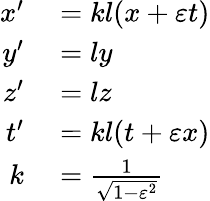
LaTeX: \begin{array}{rl}{x^{\prime}}&{{}=kl(x+\varepsilon t)}\\ {y^{\prime}}&{{}=ly}\\ {z^{\prime}}&{{}=lz}\\ {t^{\prime}}&{{}=kl(t+\varepsilon x)}\\ {k}&{{}={\frac{1}{\sqrt{1-\varepsilon^{2}}}}}\end{array}